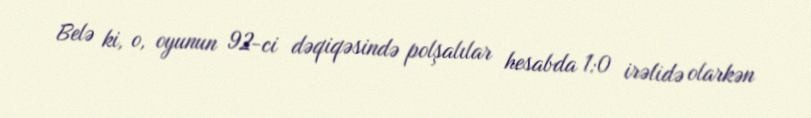
Belə ki, o, oyunun 92-ci dəqiqəsində polşalılar hesabda 1:0 irəlidə olarkən